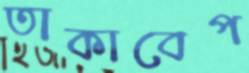
তাকাবেপ